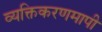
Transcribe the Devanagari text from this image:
व्यक्तिकरणमापी